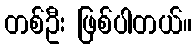
တစ်ဦး ဖြစ်ပါတယ်။